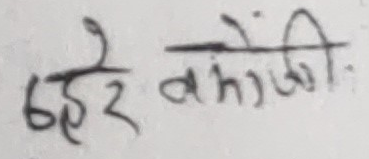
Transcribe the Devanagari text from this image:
बहेरे बमोंजी: